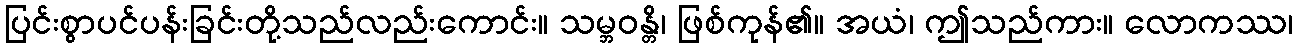
ပြင်းစွာပင်ပန်းခြင်းတို့သည်လည်းကောင်း။ သမ္ဘဝန္တိ၊ ဖြစ်ကုန်၏။ အယံ၊ ဤသည်ကား။ လောကဿ၊